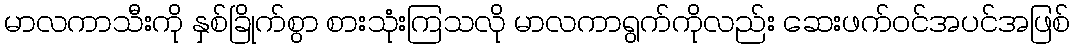
မာလကာသီးကို နှစ်ခြိုက်စွာ စားသုံးကြသလို မာလကာရွက်ကိုလည်း ဆေးဖက်ဝင်အပင်အဖြစ်